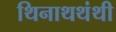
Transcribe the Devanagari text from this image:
थिनाथथंथी